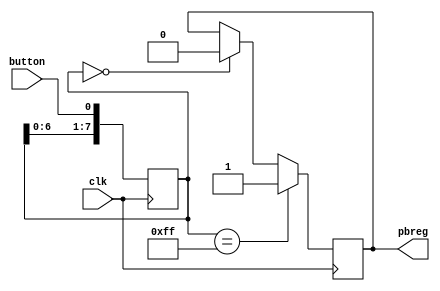
module pbdebounce(
    input wire clk,
    input wire button, 
    output reg pbreg
    );

    reg [7:0] pbshift;
    initial pbshift=0;

    always@(posedge clk) begin
        pbshift <= pbshift<<1;
        pbshift[0] <= button;
        if (pbshift==8'b0)
            pbreg=0;
        if (pbshift==8'hFF)
            pbreg=1;    
    end

endmodule